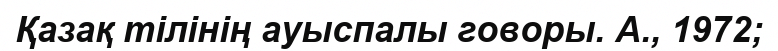
Қазақ тілінің ауыспалы говоры. А., 1972;